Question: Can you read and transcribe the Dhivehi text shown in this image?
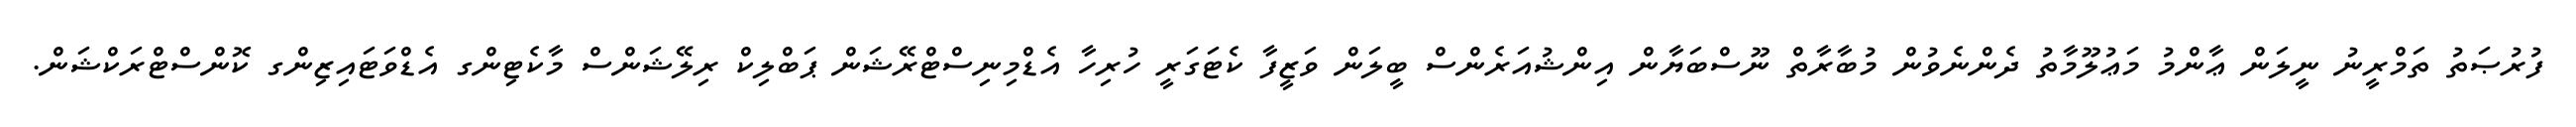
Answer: ފުރުޞަތު ތަމްރީނު ނީލަން ޢާންމު މަޢުލޫމާތު ދެންނެވުން މުބާރާތް ނޫސްބަޔާން އިންޝުއަރެންސް ބީލަން ވަޒީފާ ކެޓަގަރީ ހުރިހާ އެޑްމިނިސްޓްރޭޝަން ޕަބްލިކް ރިލޭޝަންސް މާކެޓިންގ އެޑްވަޓައިޒިންގ ކޮންސްޓްރަކްޝަން.